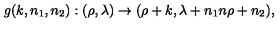
g ( k , n _ { 1 } , n _ { 2 } ) : ( \rho , \lambda ) \rightarrow ( \rho + k , \lambda + n _ { 1 } n \rho + n _ { 2 } ) ,